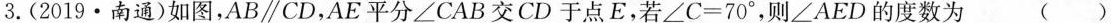
3.(2019·南通)如图，$$AB\parallel CD$$，AE平分\angle CAB交CD于点E，若$$\angle C=70^ { \circ }$$，则\angle AED的度数为 ()